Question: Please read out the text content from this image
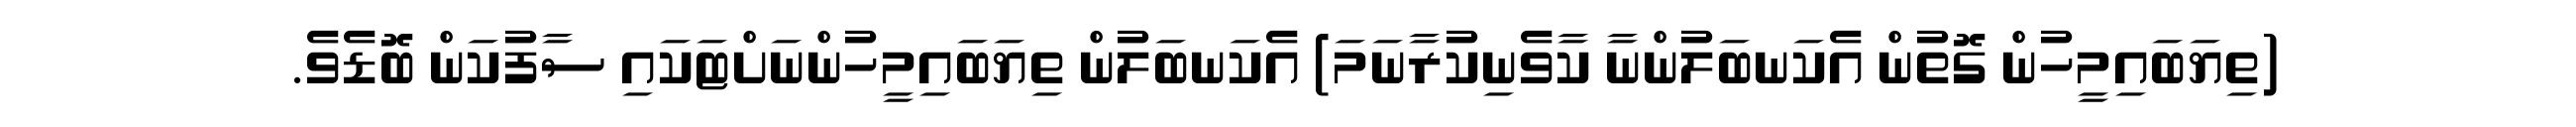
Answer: (ތިޔަބައިމީހުން ގޮތުން އެކަނބަލުންނާ ކާވެނިކުރާނަމަ) އެކަނބަލުން ތިޔަބައިމީހުންނަށްޓަކައި ސާފުކަން ބޮޑެވެ.